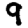
Digit: 9